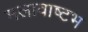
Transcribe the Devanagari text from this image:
मलावाष्टभ